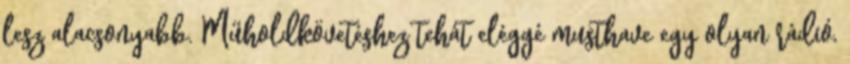
lesz alacsonyabb. Műholdkövetéshez tehát eléggé musthave egy olyan rádió,